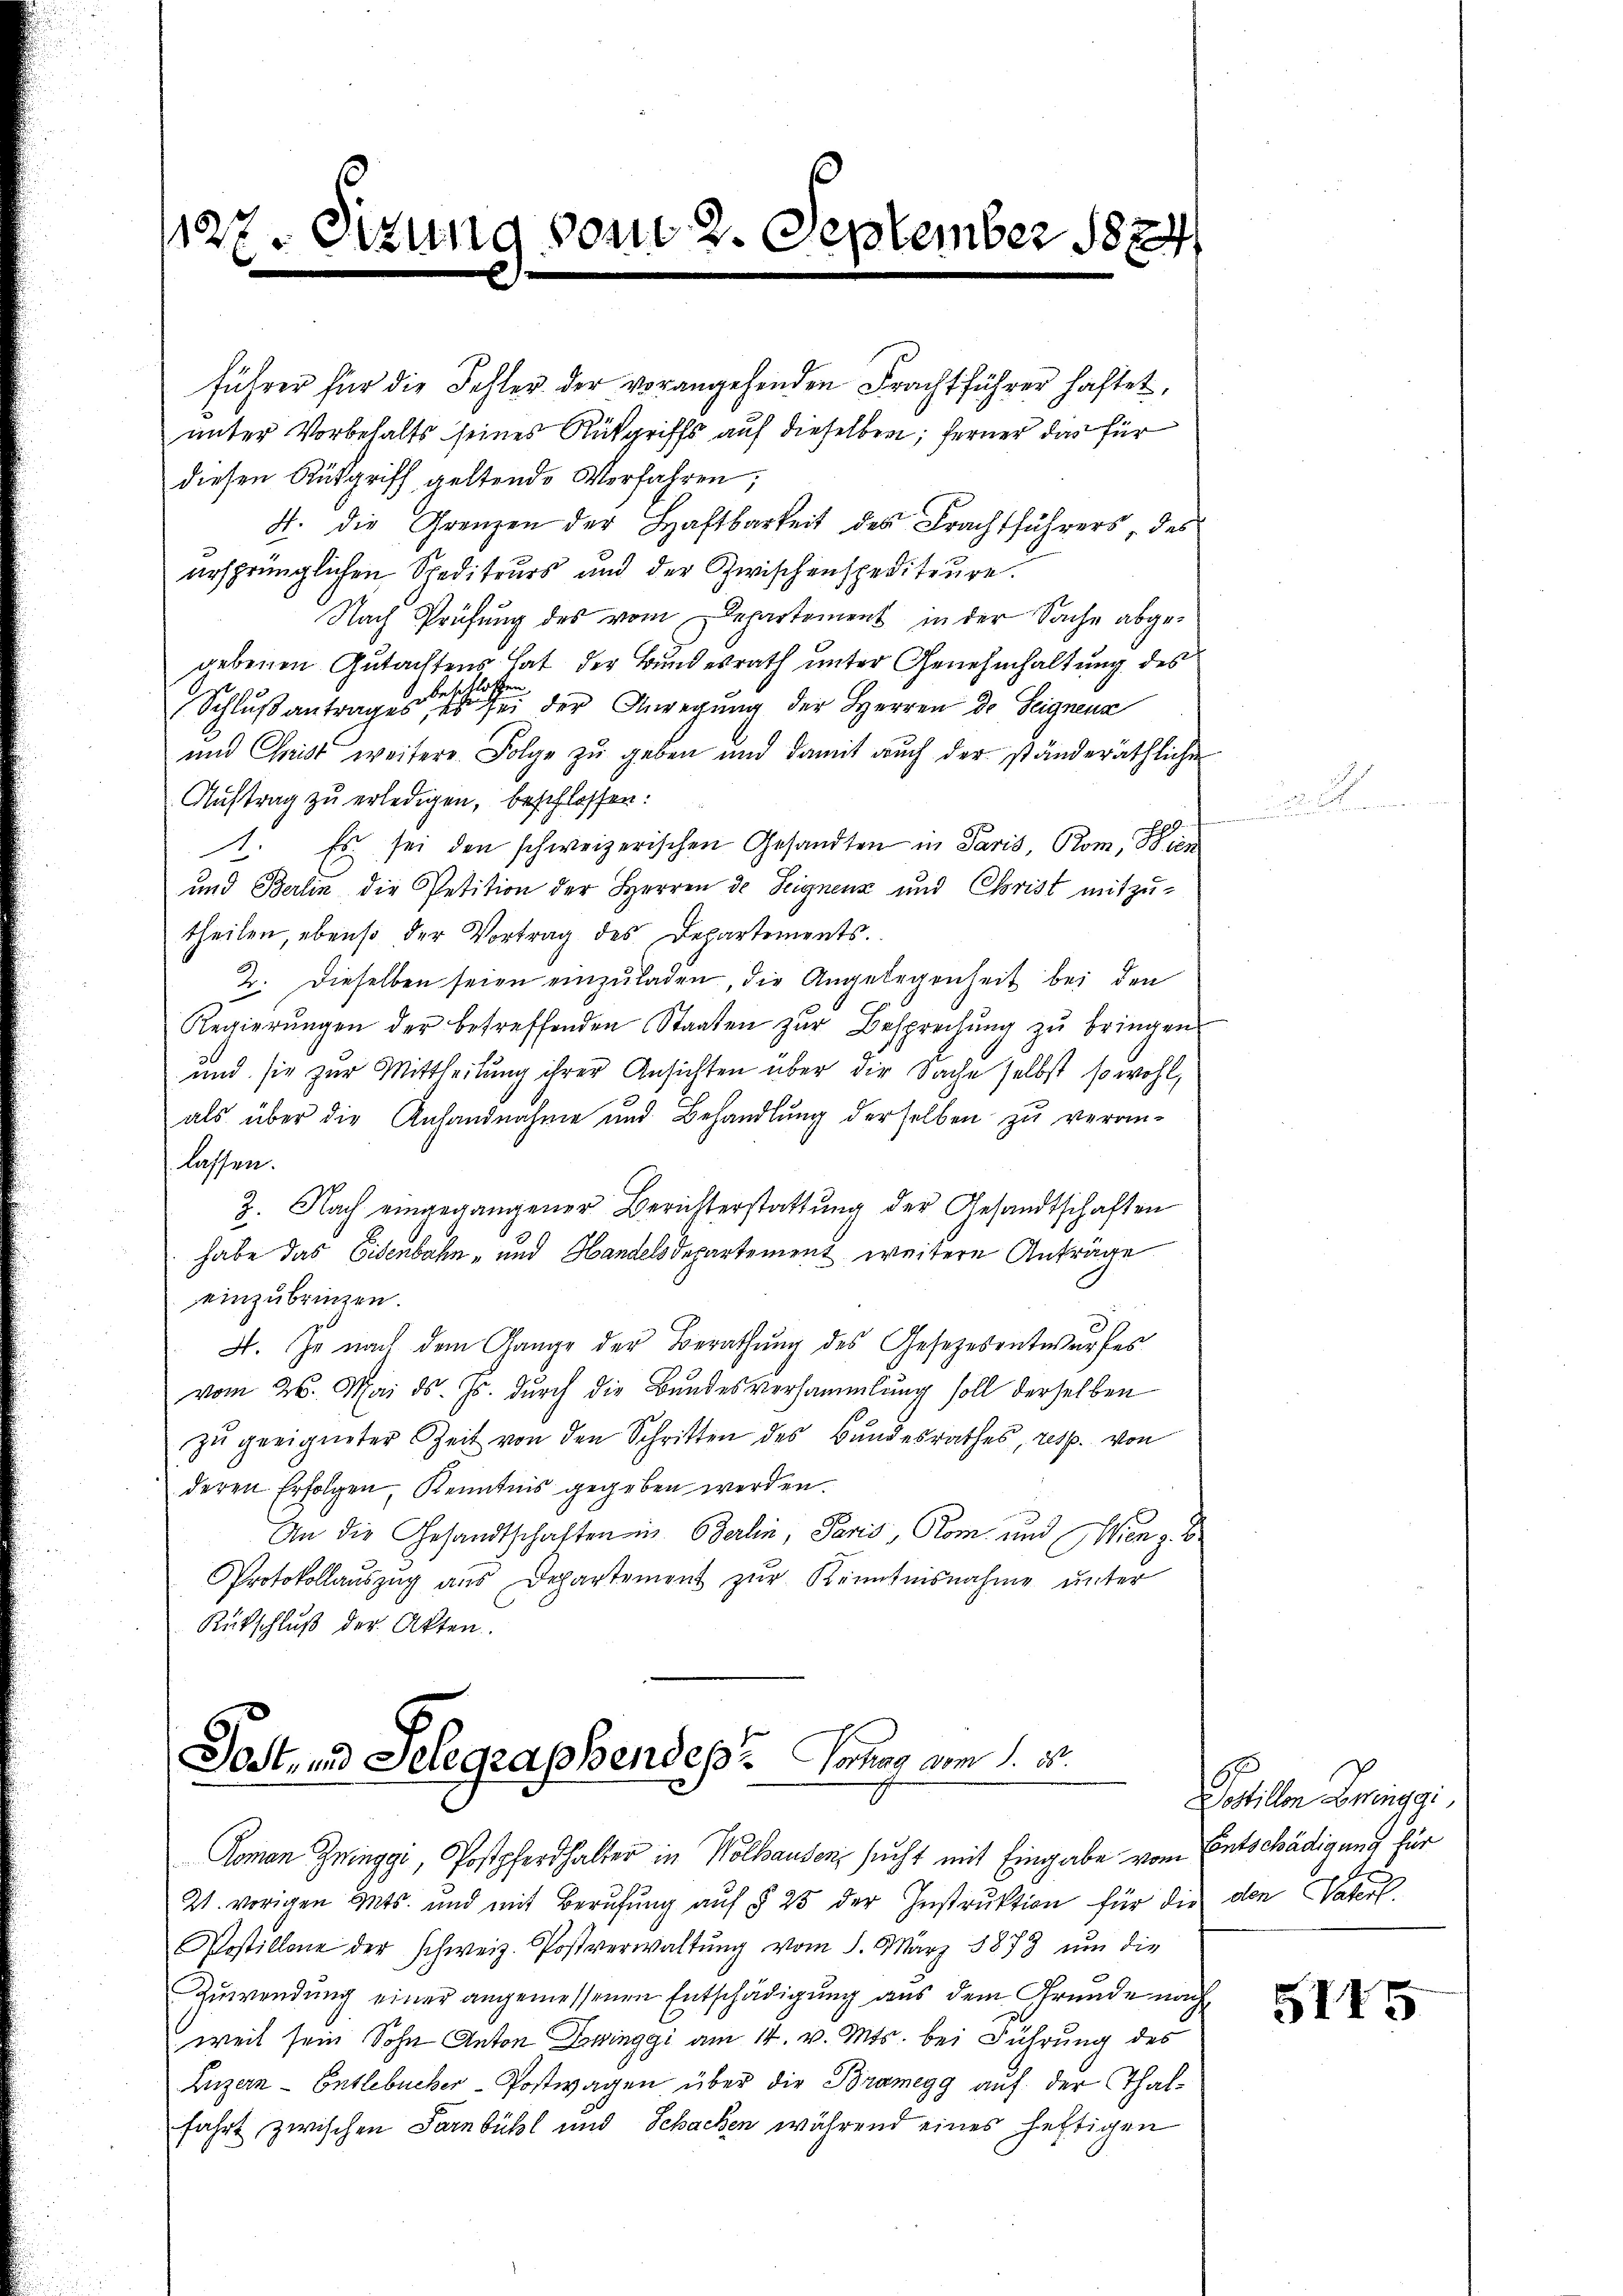
127. Sitzung vom 2. September 1824

führer für die Fohler der vorangehenden Frachtführer haftet,
unter Vorbehalts seines Rückgriffs auf dieselben; ferner das für
diesen Rütgriff geltende Verfahren;
4. die Grenzen der Haftbarkeit des Frachtführers, des
ersprünglichen Spediteurs und der Zwischenspediteure.
Nach Prüfung des vom Departement in der Sache abgegebenen Gutachtens hat der Bundesrath unter Genehmhaltung des
nbeschlossen.
Schlußantrages, es sei der Anregung der Herren de Seignens
und Christ weitere Folge zu geben und damit auch der ständeräthlichen
Auftrag zu erledigen, beschlossen:
1. Es sei den schweizerischen Gesandten in Paris, Rom, 88 den
und Berlin die Petition der Herren de Seignenz und Christ mitzutheilen, ebenso der Vortrag des Departements.
2. Dieselben seien einzuladen, die Angelegenheit bei den
Regierŭngen der betreffenden Staaten zŭr Besprechŭng zŭ bringen
und sie zur Mittheilung ihrer Ansichten über die Sache selbst so wohl,
als über die Anhandnahme und Behandlung derselben zu veran-
lassen.
2. Nach eingegangener Berichterstattŭng der Gesandtschaften
habe das Eisenbahn- und Handelsdepartement weitere Anträge
einzubringen.
A. Je nach dem Gange der Berathŭng des Gesetzesentwurfes
vom 26. Mai d. Js. durch die Bundesversammlung soll derselben
zu geeigneter Zeit von den Schritten des Bundesrathes, resp. von
deren Erfolgen, Kenntnis gegeben werden.
An die Gesandtschaften in Berlin, Paris, Rom und Wien z. B
Protokollaŭszŭg aŭs Departement zŭr Kenntnisnahme unter
Rütschluß der Akten.

Sost- und Selegraphendes Vorhag vom 1. 25.
Koman Zinggi, Postpferhalter in Wolhausen, sucht mit Eingabe vom Entschädigung für

21. vorigen Mts. und mit Berufung auf § 25 der Instruktion für die den Vaterl.
Postillone der schweiz. Postverwaltŭng vom 1. März 1873 um die
Zuwendung einer angemessenen Entschädigung aus dem Grunde nach
weil sein Sohn Anton Zinggi am 14. v. Mts. bei Führung des
Luzern - Entlebucher-Postwagen über die Bramegg auf der Thalfahrt zwischen Sarnbühl und Schacken während eines heftigen

Postillon Bringgi

5115